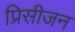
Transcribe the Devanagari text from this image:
प्रिसीजन